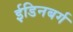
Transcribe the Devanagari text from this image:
ईडिनबर्ग